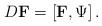
\begin{align*}D \mbox{{\bf F}}=\left[ \mbox{{\bf F}},\Psi \right] . \end{align*}